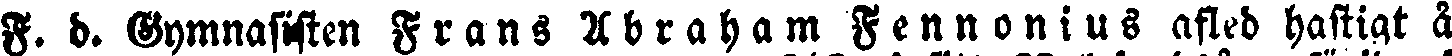
F. d. Gymnasisten Frans Abraham Fennonius afled hastigt å